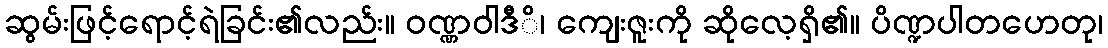
ဆွမ်းဖြင့်ရောင့်ရဲခြင်း၏လည်း။ ဝဏ္ဏဝါဒီိ၊ ကျေးဇူးကို ဆိုလေ့ရှိ၏။ ပိဏ္ဍပါတဟေတု၊